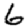
Digit: 6